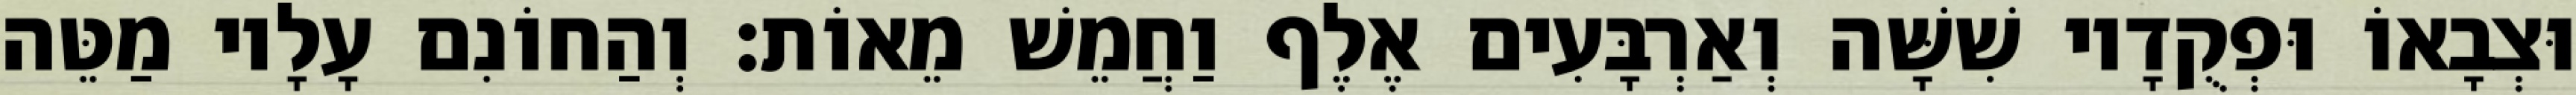
וּצְבָאוֹ וּפְקֻדָיו שִׁשָּׁה וְאַרְבָּעִים אֶלֶף וַחֲמֵשׁ מֵאוֹת׃ וְהַחוֹנִם עָלָיו מַטֵּה